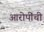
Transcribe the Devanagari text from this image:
आरोपींची